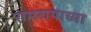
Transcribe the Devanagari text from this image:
रामरायाच्या